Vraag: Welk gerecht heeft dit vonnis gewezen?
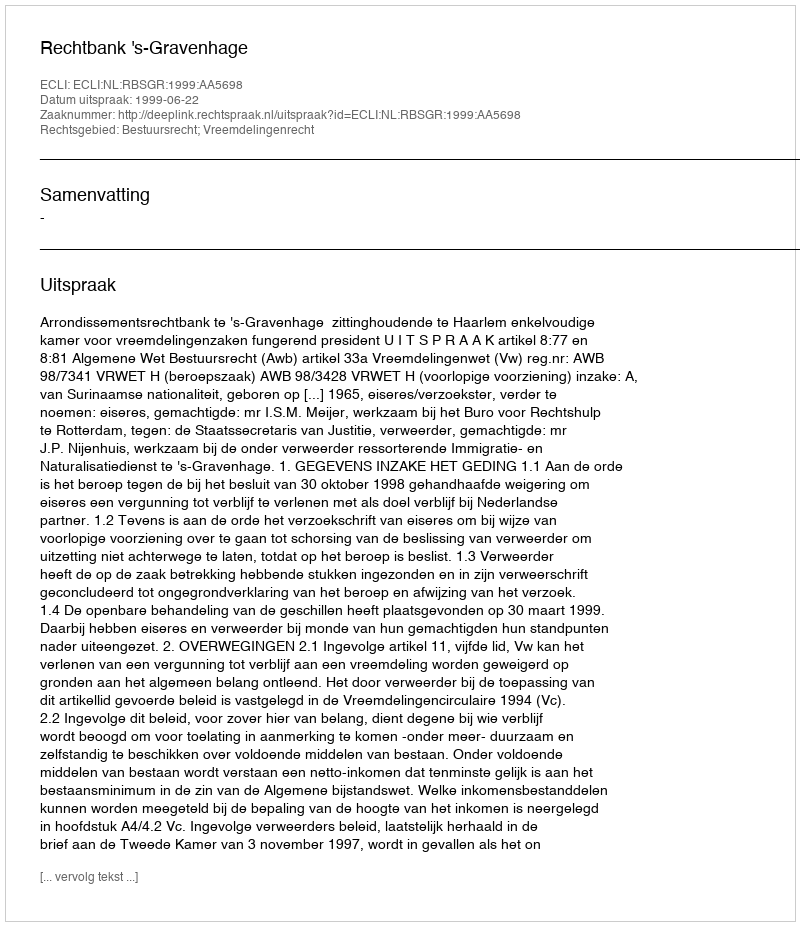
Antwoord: Rechtbank 's-Gravenhage